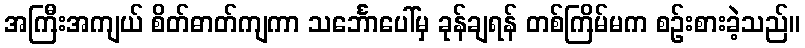
အကြီးအကျယ် စိတ်ဓာတ်ကျကာ သင်္ဘောပေါ်မှ ခုန်ချရန် တစ်ကြိမ်မက စဉ်းစားခဲ့သည်။